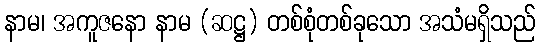
နာမ၊ အကူဇနော နာမ (ဆဋ္ဌ) တစ်စုံတစ်ခုသော အသံမရှိသည်